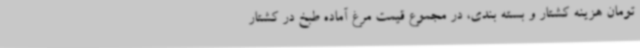
تومان هزینه کشتار و بسته بندی، در مجموع قیمت مرغ آماده طبخ در کشتار